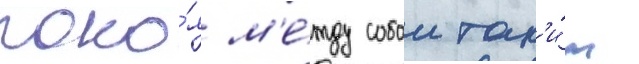
поко́я м'е́жду собои так'и́м